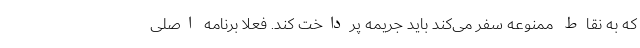
که به نقاط ممنوعه سفر می‌کند باید جریمه پرداخت کند. فعلا برنامه اصلی